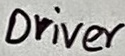
Text: Driver